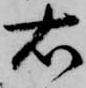
右